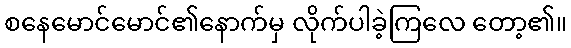
စနေမောင်မောင်၏နောက်မှ လိုက်ပါခဲ့ကြလေ တော့၏။